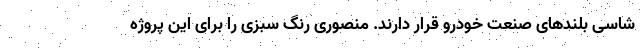
شاسی بلندهای صنعت خودرو قرار دارند. منصوری رنگ سبزی را برای این پروژه